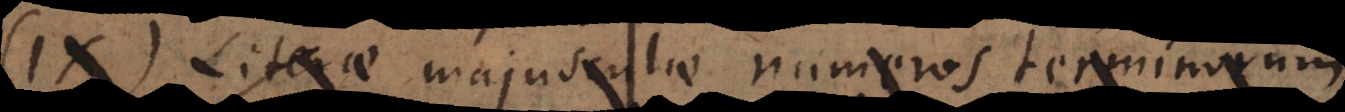
IX. Literae majusculae numeros terminorum